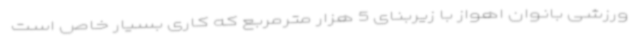
ورزشی بانوان اهواز با زیربنای 5 هزار مترمربع که کاری بسیار خاص است